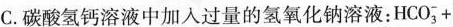
C.碳酸氢钙溶液中加入过量的氢氧化钠溶液： $$ HCO_{3}^{-}+